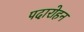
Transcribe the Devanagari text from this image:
पदारोहन